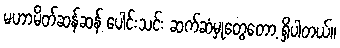
မဟာမိတ်ဆန်ဆန် ပေါင်းသင်း ဆက်ဆံမှုတွေတော့ ရှိပါတယ်။